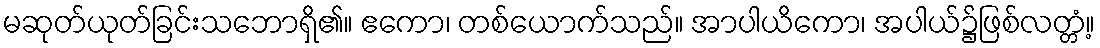
မဆုတ်ယုတ်ခြင်းသဘောရှိ၏။ ဧကော၊ တစ်ယောက်သည်။ အာပါယိကော၊ အပါယ်၌ဖြစ်လတ္တံ့။